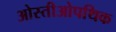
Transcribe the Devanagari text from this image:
ओस्तीओपथिक